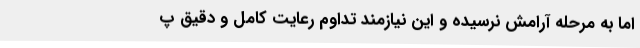
اما به مرحله آرامش نرسیده و این نیازمند تداوم رعایت کامل و دقیق پ